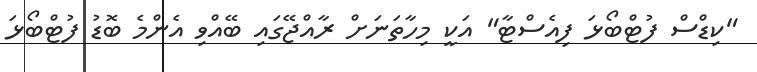
"ކިޑްސް ފުޓްބޯޅަ ފިއެސްޓާ" އަކީ މިހާތަނަށް ރާއްޖޭގައި ބޭއްވި އެންމެ ބޮޑު ފުޓްބޯޅަ